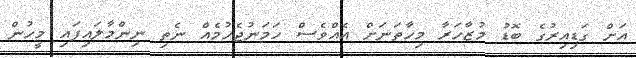
އަށް ގަޑިއިރުގެ ބޮޑު މުޒާހަރާ މިހާތަނަށް އެއްވެސް ހަމަނުޖެހުމެއް ނެތި ނިންމާލައިފައި މީހުން